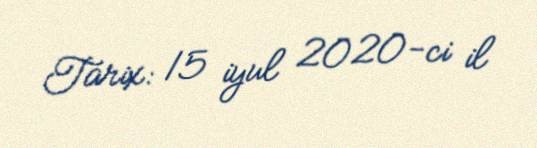
Tarix: 15 iyul 2020-ci il